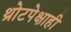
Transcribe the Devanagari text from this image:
थ्रोटपेक्षाही